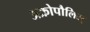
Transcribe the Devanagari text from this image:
अक्रोपौलिस्‌